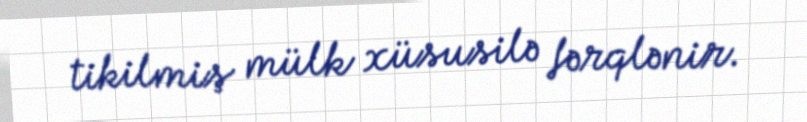
tikilmiş mülk xüsusilə fərqlənir.